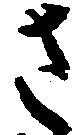
さ